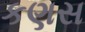
કણસ